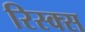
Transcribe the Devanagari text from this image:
रिस्क्स